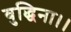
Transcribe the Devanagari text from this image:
बुद्धिना।।